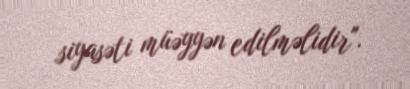
siyasəti müəyyən edilməlidir".